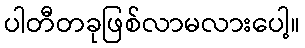
ပါတီတခုဖြစ်လာမလားပေါ့။